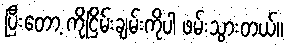
ပြီးတော့ ကိုငြိမ်းချမ်းကိုပါ ဖမ်းသွားတယ်။